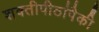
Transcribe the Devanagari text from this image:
शक्तीपीठांपैकी